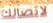
لاتصالك